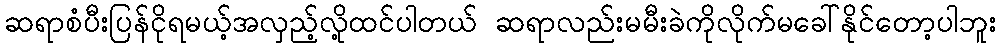
ဆရာစံပီးပြန်ငိုရမယ့်အလှည့်လို့ထင်ပါတယ် ဆရာလည်းမမီးခဲကိုလိုက်မခေါ်နိုင်တော့ပါဘူး